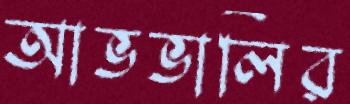
আভভালির